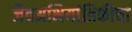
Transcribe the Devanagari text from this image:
जैवअभियांत्रिकीचा